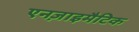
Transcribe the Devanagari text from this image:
एनज़ाइमैटिक